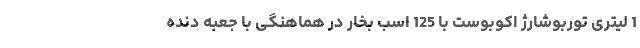
1 لیتری توربوشارژ اکوبوست با 125 اسب بخار در هماهنگی با جعبه دنده